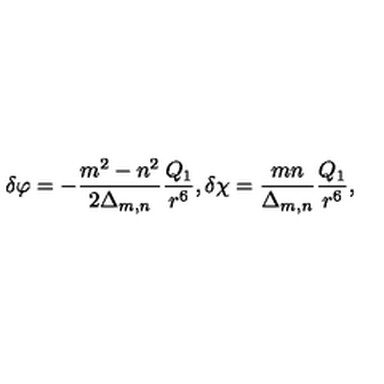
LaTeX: \delta \varphi = - \frac { m ^ { 2 } - n ^ { 2 } } { 2 \Delta _ { m , n } } \frac { Q _ { 1 } } { r ^ { 6 } } , \delta \chi = \frac { m n } { \Delta _ { m , n } } \frac { Q _ { 1 } } { r ^ { 6 } } ,